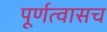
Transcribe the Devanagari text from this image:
पूर्णत्वासच